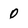
Character: 0